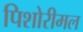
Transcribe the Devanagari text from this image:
पिशोरीमल